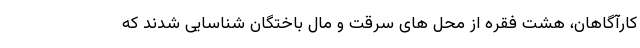
کارآگاهان، هشت فقره از محل های سرقت و مال باختگان شناسایی شدند که